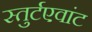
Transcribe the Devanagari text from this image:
स्तुर्टएवांट